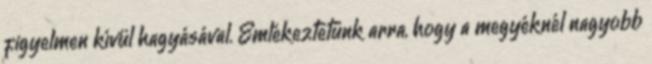
figyelmen kívül hagyásával. Emlékeztetünk arra, hogy a megyéknél nagyobb